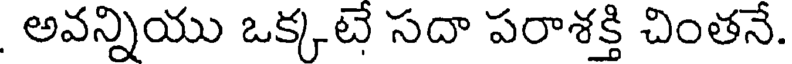
అవన్నియు ఒక్కటే సదా పరాశక్తి చింతనే.